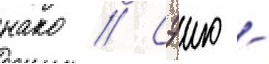
нако // Сэию -